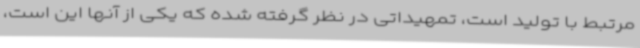
مرتبط با تولید است، تمهیداتی در نظر گرفته شده که یکی از آنها این است،